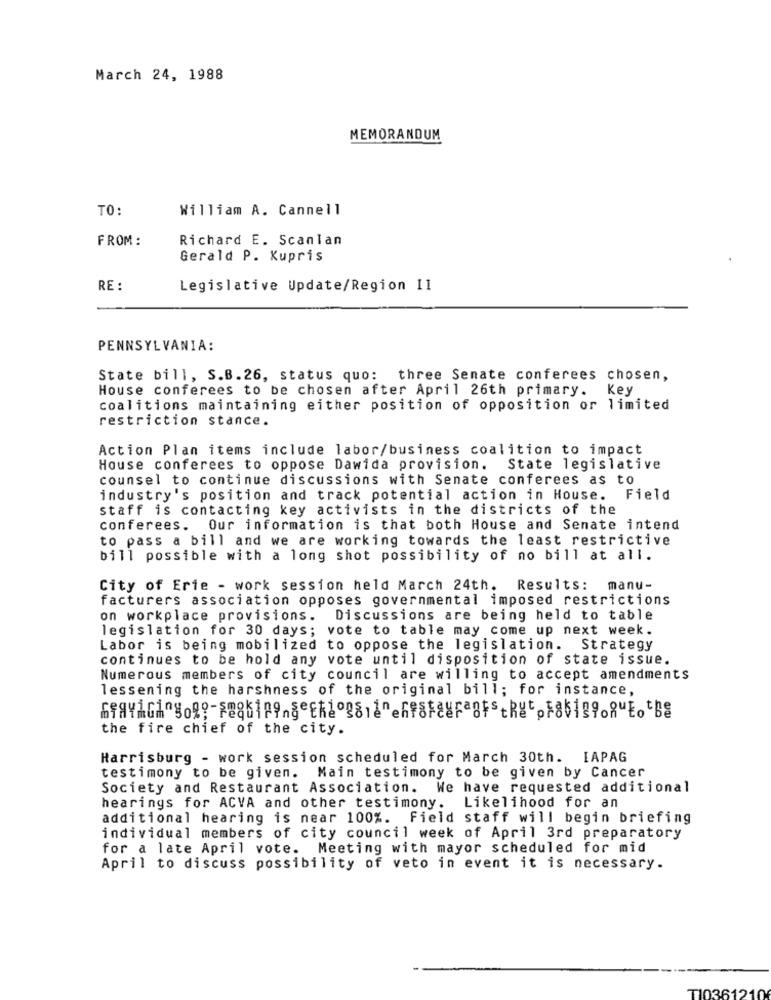
March 24, 1988
MEMORANDUM
TO:
William A. Cannell
FROM
Richard E. Scanlan
Gerald P. Kupris
RE :
Legislative Update/Region II
PENNSYLVANIA:
State bill, S.B.26, status quo: three Senate conferees chosen,
House conferees to be chosen after April 26th primary. Key
coalitions maintaining either position of opposition or limited
restriction stance.
Action Plan items include labor/business coalition to impact
House conferees to oppose Dawida provision. State legislative
counsel to continue discussions with Senate conferees as to
industry's position and track potential action in House. Field
staff is contacting key activists in the districts of the
conferees. Our information is that both House and Senate intend
to pass a bill and we are working towards the least restrictive
bill possible with a long shot possibility of no bill at all.
City of Erie - work session held March 24th.
Results: manu-
facturers association opposes governmental imposed restrictions
on workplace provisions.
Discussions are being held to table
legislation for 30 days; vote to table may come up next week.
Labor is being mobilized to oppose the legislation. Strategy
continues to be hold any vote until disposition of state issue.
Numerous members of city council are willing to accept amendments
lessening the harshness of the original bill; for instance,
the fire chief of the city.
Harrisburg - work session scheduled for March 30th. IAPAG
testimony to be given. Main testimony to be given by Cancer
Society and Restaurant Association. We have requested additional
hearings for ACVA and other testimony. Likelihood for an
additional hearing is near 100%. Field staff will begin briefing
individual members of city council week of April 3rd preparatory
for a late April vote. Meeting with mayor scheduled for mid
April to discuss possibility of veto in event it is necessary.